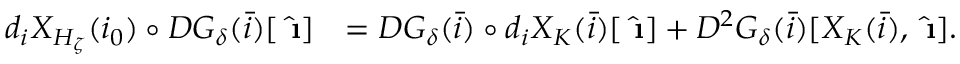
\begin{array} { r l } { d _ { i } X _ { H _ { \zeta } } ( i _ { 0 } ) \circ D G _ { \delta } ( \bar { i } ) [ \hat { \textbf { \i } } ] } & { = D G _ { \delta } ( \bar { i } ) \circ d _ { i } X _ { K } ( \bar { i } ) [ \hat { \textbf { \i } } ] + D ^ { 2 } G _ { \delta } ( \bar { i } ) [ X _ { K } ( \bar { i } ) , \hat { \textbf { \i } } ] . } \end{array}